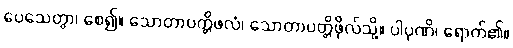
ပေသေတွာ၊ စေ၍။ သောတာပတ္တိဖလံ၊ သောတာပတ္တိဖိုလ်သို့။ ပါပုဏိ၊ ရောက်၏။